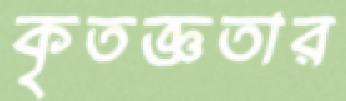
কৃতজ্ঞতার